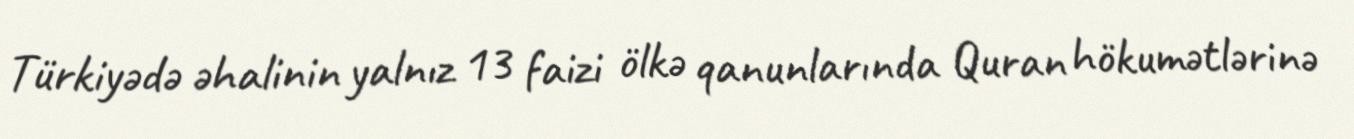
Türkiyədə əhalinin yalnız 13 faizi ölkə qanunlarında Quran hökumətlərinə